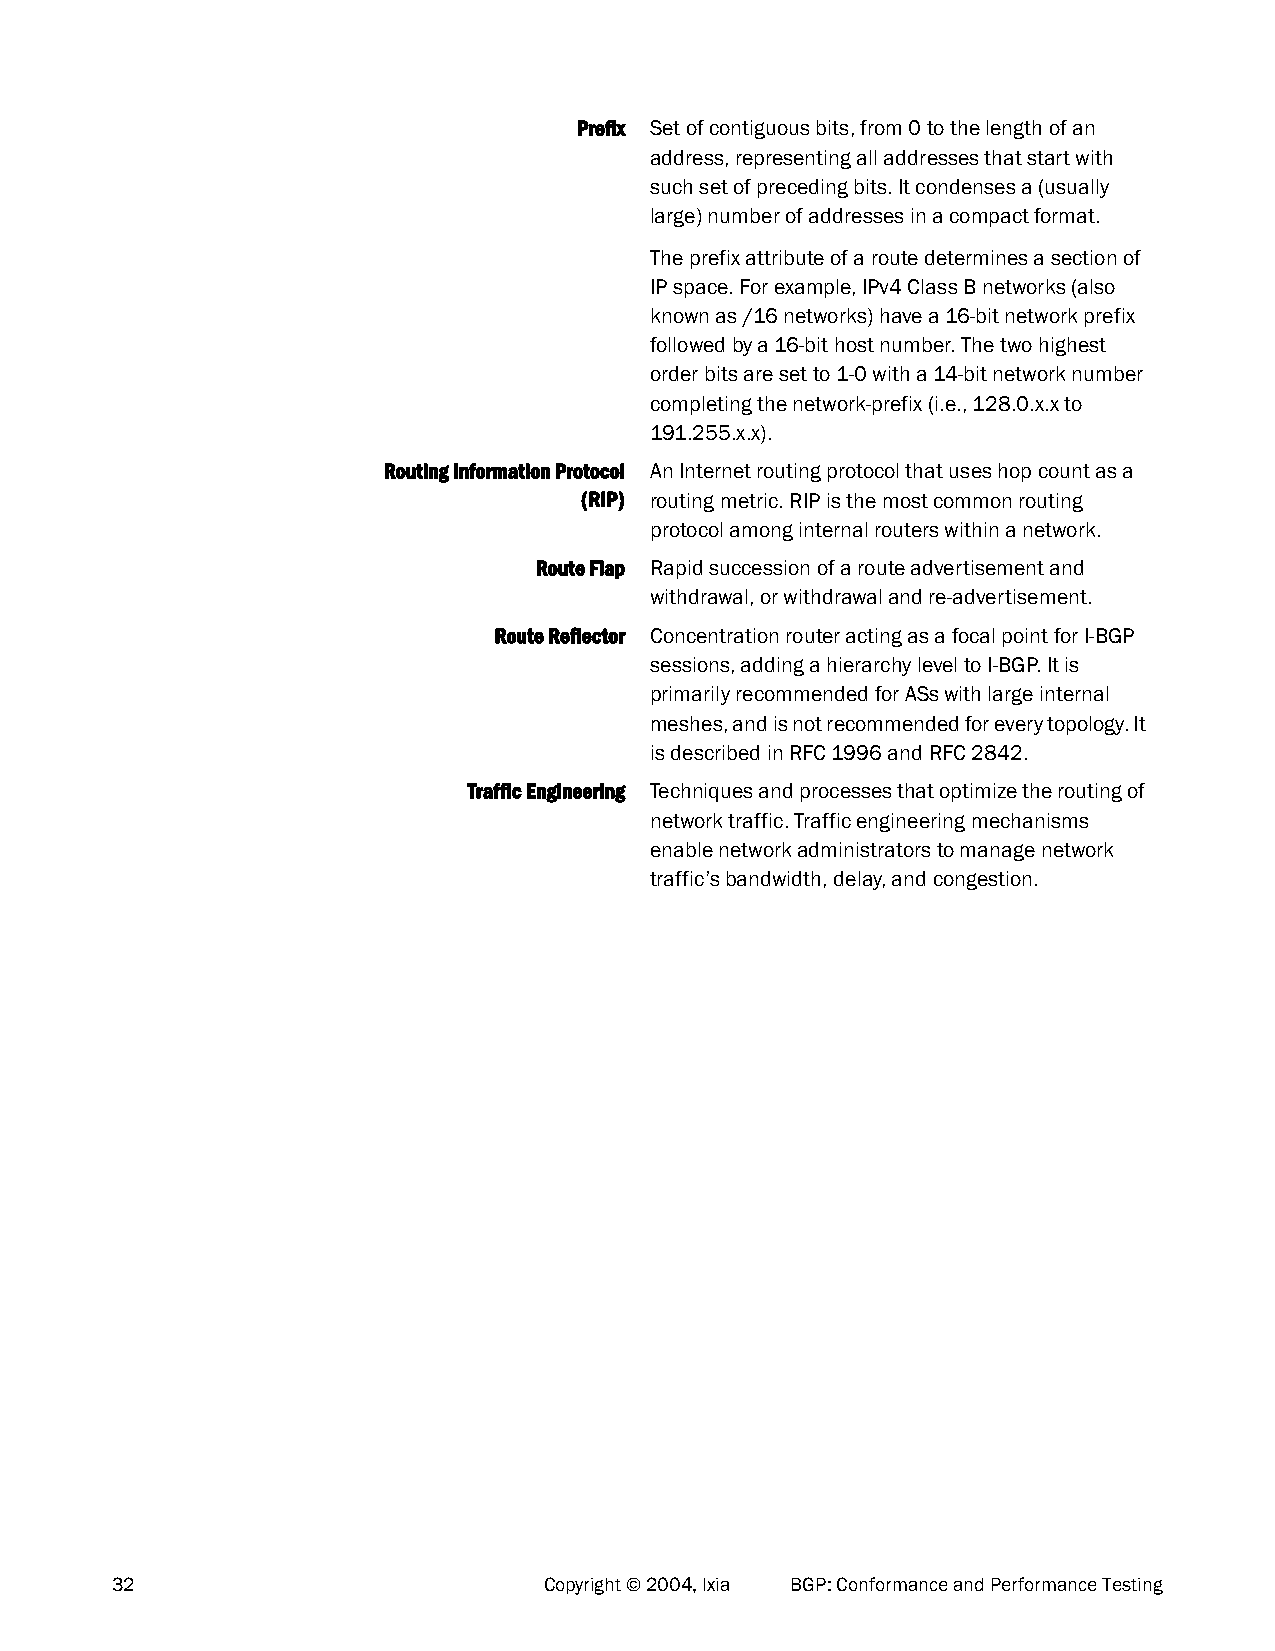
Prefix Set of contiguous bits, from 0 to the length of an
 address, representing all addresses that start with
 such set of preceding bits. It condenses a (usually
 large) number of addresses in a compact format.
 The prefix attribute of a route determines a section of
 IP space. For example, IPv4 Class B networks (also
 known as /16 networks) have a 16-bit network prefix
 followed by a 16-bit host number. The two highest
 order bits are set to 1-0 with a 14-bit network number
 completing the network-prefix (i.e., 128.0.x.x to
 191.255.x.x).
 Routing Information Protocol An Internet routing protocol that uses hop count as a
 (RIP) routing metric. RIP is the most common routing
 protocol among internal routers within a network.
 Route Flap Rapid succession of a route advertisement and
 withdrawal, or withdrawal and re-advertisement.
 Route Reflector Concentration router acting as a focal point for I-BGP
 sessions, adding a hierarchy level to I-BGP. It is
 primarily recommended for ASs with large internal
 meshes, and is not recommended for every topology. It
 is described in RFC 1996 and RFC 2842.
 Traffic Engineering Techniques and processes that optimize the routing of
 network traffic. Traffic engineering mechanisms
 enable network administrators to manage network
 traffic’s bandwidth, delay, and congestion.
 32                           Copyright © 2004, Ixia BGP: Conformance and Performance Testing